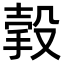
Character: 㨌